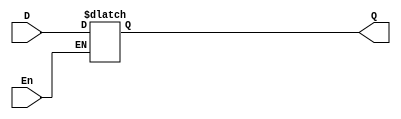
module dlatch_bh(Q,D,En);

input En,D;
output reg Q;

always@(En,Q)
        if(En) Q=D;

endmodule